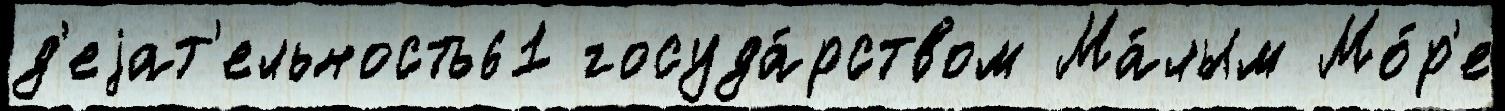
д'еjат'ельность61 госуда́рством Ма́лым Мо́р'е